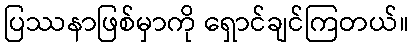
ပြဿနာဖြစ်မှာကို ရှောင်ချင်ကြတယ်။